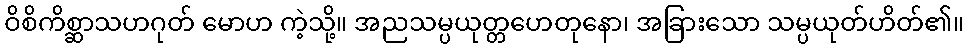
ဝိစိကိစ္ဆာသဟဂုတ် မောဟ ကဲ့သို့။ အညသမ္ပယုတ္တဟေတုနော၊ အခြားသော သမ္ပယုတ်ဟိတ်၏။